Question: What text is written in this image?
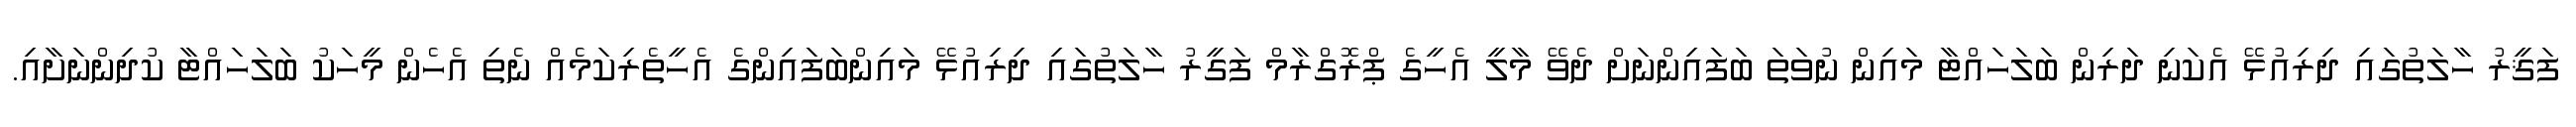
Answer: ފަޤީރު ހާލަތުގައި ދިރިއުޅޭ އެކަނި ދަރިން ބަލަހައްޓާ މައިން ނުވަތަ ބަފައިންނަށް ދެވޭ މާލީ އެހީގެ ޕްރޮގްރާމް ފަގީރު ހާލަތުގައި ދިރިއުޅޭ މައިންބަފައިންގެ އެހީތެރިކަމެއް ނެތި އެހެން މީހަކު ބަލަހައްޓާ ކުދިންނަށާއި.